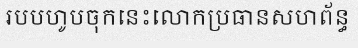
របបហូបចុកនេះលោកប្រធានសហព័ន្ធ